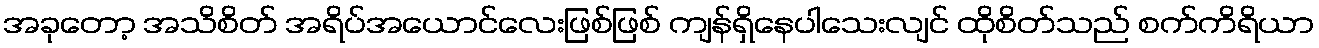
အခုတော့ အသိစိတ် အရိပ်အယောင်လေးဖြစ်ဖြစ် ကျန်ရှိနေပါသေးလျင် ထိုစိတ်သည် စက်ကိရိယာ